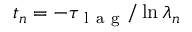
t _ { n } = - \tau _ { \mathrm { ~ l ~ a ~ g ~ } } / \ln { \lambda _ { n } }